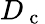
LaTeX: D_{\mathrm{~c~}}